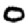
Digit: 0